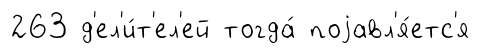
263 д'ел'и́т'ел'ей тогда́ поjавл'я́етс'я